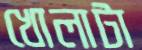
খোলাটা